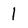
Character: 1